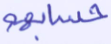
حسابهم